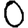
Digit: 0